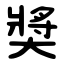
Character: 奬